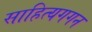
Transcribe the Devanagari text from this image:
साहित्यगगन